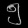
Digit: ၅